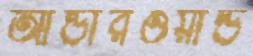
আন্ডারওয়ার্ল্ড